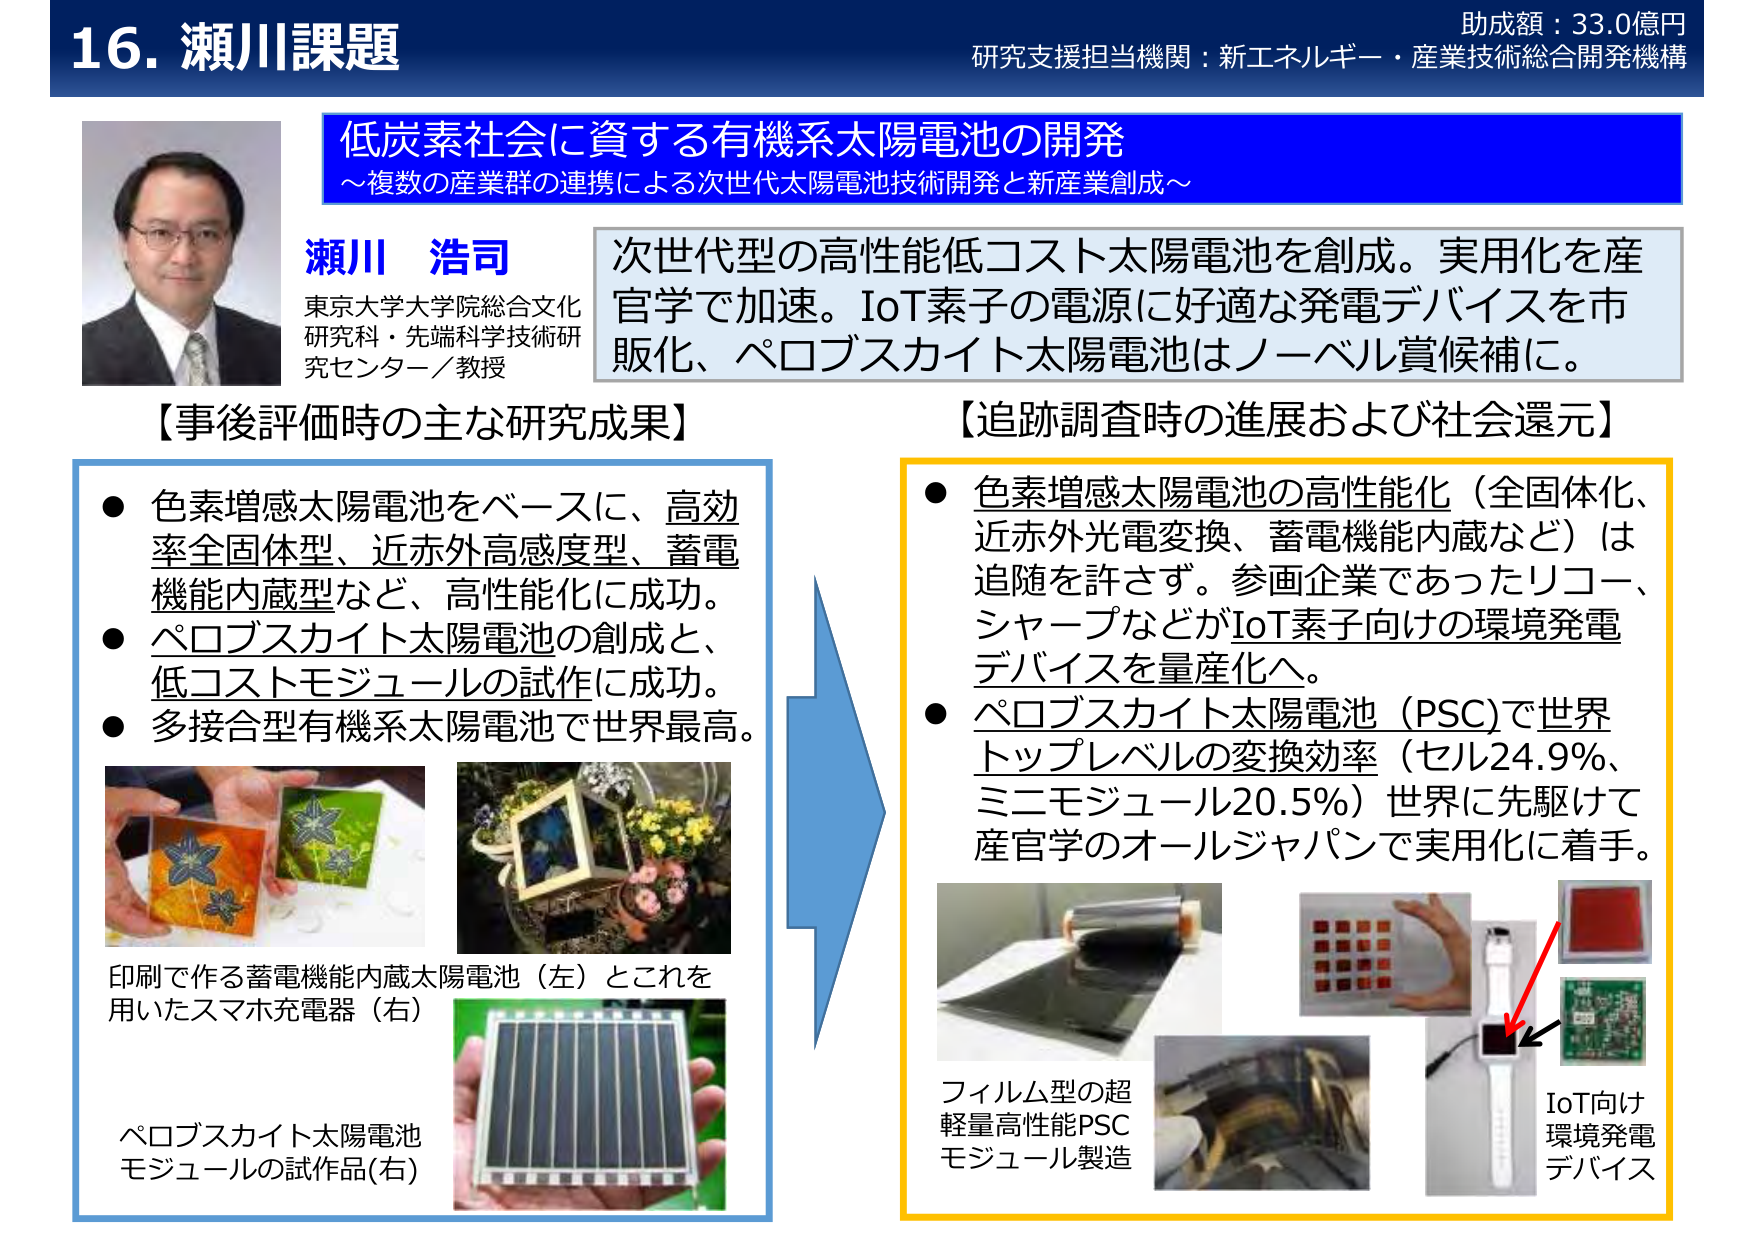
16. 瀬川課題
助成額：33.0億円
研究支援担当機関：新エネルギー・産業技術総合開発機構

低炭素社会に資する有機系太陽電池の開発
～複数の産業群の連携による次世代太陽電池技術開発と新産業創成～

瀬川 浩司
東京大学大学院総合文化研究科・先端科学技術研究センター／教授

次世代型の高性能低コスト太陽電池を創成。実用化を産官学で加速。IoT素子の電源に好適な発電デバイスを市販化、ペロブスカイト太陽電池はノーベル賞候補に。

【事後評価時の主な研究成果】
● 色素増感太陽電池をベースに、高効率全固体型、近赤外高感度型、蓄電機能内蔵型など、高性能化に成功。
● ペロブスカイト太陽電池の創成と、低コストモジュールの試作に成功。
● 多接合型有機系太陽電池で世界最高。

印刷で作る蓄電機能内蔵太陽電池（左）とこれを用いたスマホ充電器（右）
ペロブスカイト太陽電池モジュールの試作品（右）

【追跡調査時の進展および社会還元】
● 色素増感太陽電池の高性能化（全固体化、近赤外光電変換、蓄電機能内蔵など）は追随を許さず。参画企業であったリコー、シャープなどがIoT素子向けの環境発電デバイスを量産化へ。
● ペロブスカイト太陽電池（PSC）で世界トップレベルの変換効率（セル24.9%、ミニモジュール20.5%）世界に先駆けて産官学のオールジャパンで実用化に着手。

フィルム型の超軽量高性能PSCモジュール製造
IoT向け環境発電デバイス